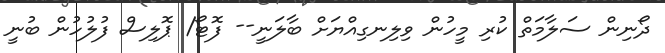
ދޯނިން ސަލާމަތް ކުރި މީހުން ވިލިނގިއްޔަަށް ބާލަނީ-- ފޮޓޯ/ ޕޮލިސް ފުލުހުން ބުނީ